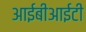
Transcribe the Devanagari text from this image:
आईबीआईटी